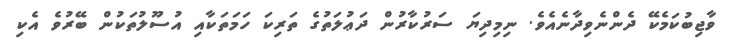
ވާޖިބުކަމެކޭ ދެންނެވިދާނެއެވެ. ނިމިދިޔަ ސަރުކާރުން ދަޢުލަތުގެ ތަރިކަ ހަމަތަކާއި އުސޫލުތަކުން ބޭރުވެ އެކި